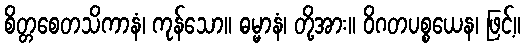
စိတ္တစေတသိကာနံ၊ ကုန်သော။ ဓမ္မာနံ၊ တို့အား။ ဝိဂတပစ္စယေန၊ ဖြင့်။